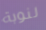
لنوبة